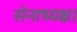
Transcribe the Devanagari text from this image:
सेनाध्यक्ष।